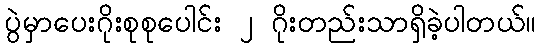
ပွဲမှာပေးဂိုးစုစုပေါင်း ၂ ဂိုးတည်းသာရှိခဲ့ပါတယ်။